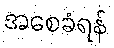
အစေခံရန်